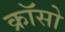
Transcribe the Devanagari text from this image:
क्रॉसो